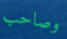
وصاحب